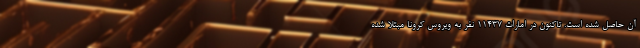
آن حاصل شده است. تاکنون در امارات ۱۱۴۳۷ نفر به ویروس کرونا مبتلا شده